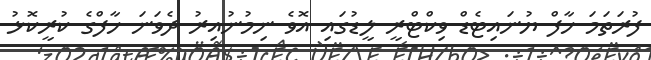
ފުރަތަމަ ހާފް ޔުނައިޓެޑް ވިކްޓްރީ ލީޑުގައި އޮވެ ނިމުނުއިރު ދެވަނަ ހާފްގެ ކުރީކޮޅު